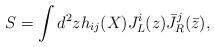
LaTeX: \begin{align*}S=\int d^2 z h_{ij}(X)J^i_L(z){\bar J}^j_R({\bar z}),\end{align*}